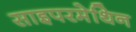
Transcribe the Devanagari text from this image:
साइपरमेथिन